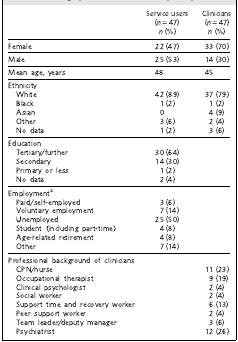
<table><thead><tr><td></td><td><b>Service users(<i>n</i> = 47)<i>n</i> (%)</b></td><td><b>Clinicians(<i>n</i> = 47)<i>n</i> (%)</b></td></tr></thead><tbody><tr><td>Female</td><td>22 (47)</td><td>33 (70)</td></tr><tr><td>Male</td><td>25 (53)</td><td>14 (30)</td></tr><tr><td>Mean age, years</td><td>48</td><td>45</td></tr><tr><td>Ethnicity</td><td></td><td></td></tr><tr><td>White</td><td>42 (89)</td><td>37 (79)</td></tr><tr><td>Black</td><td>1 (2)</td><td>1 (2)</td></tr><tr><td>Asian</td><td>0</td><td>4(9)</td></tr><tr><td>Other</td><td>3 (6)</td><td>2 (4)</td></tr><tr><td>No data</td><td>1 (2)</td><td>3 (6)</td></tr><tr><td>Education</td><td></td><td></td></tr><tr><td>Tertiary/further</td><td>30 (64)</td><td></td></tr><tr><td>Secondary</td><td>14 (30)</td><td></td></tr><tr><td>Primary or less</td><td>1 (2)</td><td></td></tr><tr><td>No data</td><td>2 (4)</td><td></td></tr><tr><td>Employment<sup>a</sup></td><td></td><td></td></tr><tr><td>Paid/self-employed</td><td>3 (6)</td><td></td></tr><tr><td>Voluntary employment</td><td>7 (14)</td><td></td></tr><tr><td>Unemployed</td><td>25 (50)</td><td></td></tr><tr><td>Student (including part-time)</td><td>4 (8)</td><td></td></tr><tr><td>Age-related retirement</td><td>4 (8)</td><td></td></tr><tr><td>Other</td><td>7 (14)</td><td></td></tr><tr><td>Professional background of clinicians</td><td></td><td></td></tr><tr><td>CPN/nurse</td><td></td><td>11 (23)</td></tr><tr><td>Occupational therapist</td><td></td><td>9 (19)</td></tr><tr><td>Clinical psychologist</td><td></td><td>2 (4)</td></tr><tr><td>Social worker</td><td></td><td>2 (4)</td></tr><tr><td>Support time and recovery worker</td><td></td><td>6 (13)</td></tr><tr><td>Peer support worker</td><td></td><td>2 (4)</td></tr><tr><td>Team leader/deputy manager</td><td></td><td>3 (6)</td></tr><tr><td>Psychiatrist</td><td></td><td>12 (26)</td></tr></tbody></table>